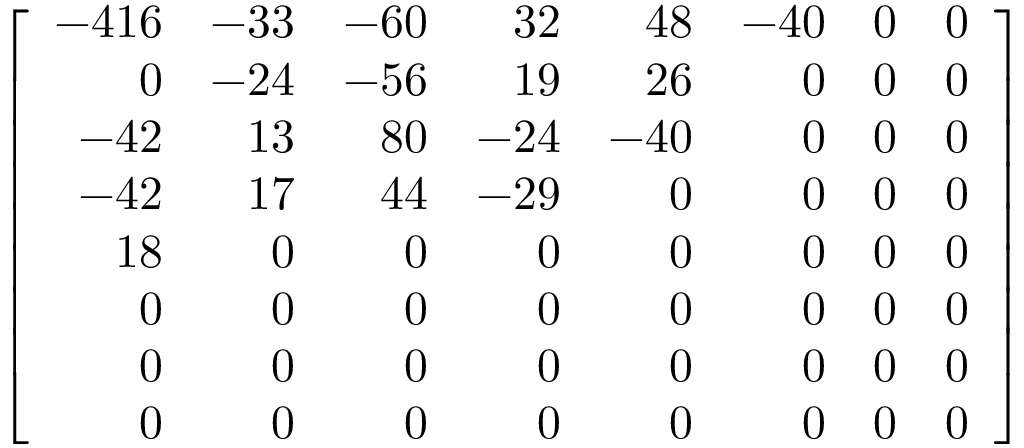
\left[ { \begin{array} { r r r r r r r r } { - 4 1 6 } & { - 3 3 } & { - 6 0 } & { 3 2 } & { 4 8 } & { - 4 0 } & { 0 } & { 0 } \\ { 0 } & { - 2 4 } & { - 5 6 } & { 1 9 } & { 2 6 } & { 0 } & { 0 } & { 0 } \\ { - 4 2 } & { 1 3 } & { 8 0 } & { - 2 4 } & { - 4 0 } & { 0 } & { 0 } & { 0 } \\ { - 4 2 } & { 1 7 } & { 4 4 } & { - 2 9 } & { 0 } & { 0 } & { 0 } & { 0 } \\ { 1 8 } & { 0 } & { 0 } & { 0 } & { 0 } & { 0 } & { 0 } & { 0 } \\ { 0 } & { 0 } & { 0 } & { 0 } & { 0 } & { 0 } & { 0 } & { 0 } \\ { 0 } & { 0 } & { 0 } & { 0 } & { 0 } & { 0 } & { 0 } & { 0 } \\ { 0 } & { 0 } & { 0 } & { 0 } & { 0 } & { 0 } & { 0 } & { 0 } \end{array} } \right]